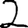
Digit: 2